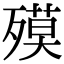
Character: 𣩎